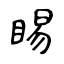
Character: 睗